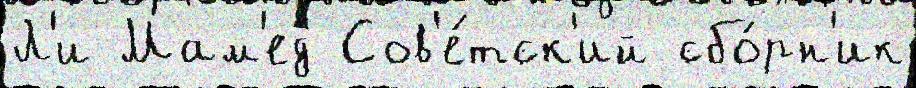
Л'и Мам'ед Сов'е́тск'ий сбо́рн'ик